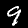
Label: 9